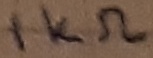
Text: 1KΩ